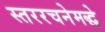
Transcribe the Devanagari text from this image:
स्तररचनेमद्धे